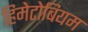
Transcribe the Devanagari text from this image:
हिमेटोबियम